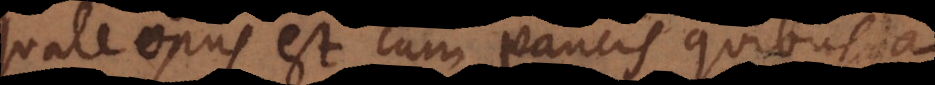
quale opus est, cum paucis quibusda